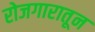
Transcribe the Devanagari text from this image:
रोजगारातून